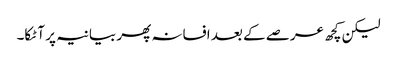
لیکن کچھ عرصے کے بعد افسانہ پھر بیانیہ پر آ ٹکا۔